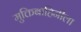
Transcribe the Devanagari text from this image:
मुक्तिबाहिनीला